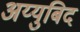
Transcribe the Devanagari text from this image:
अय्युबिद